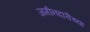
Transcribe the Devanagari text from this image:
जमीनदारीच्या